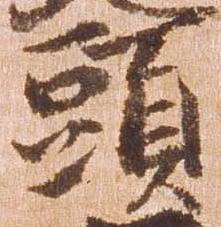
頭